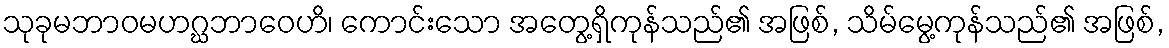
သုခုမဘာဝမဟဂ္ဃဘာဝေဟိ၊ ကောင်းသော အတွေ့ရှိကုန်သည်၏ အဖြစ်, သိမ်မွေ့ကုန်သည်၏ အဖြစ်,